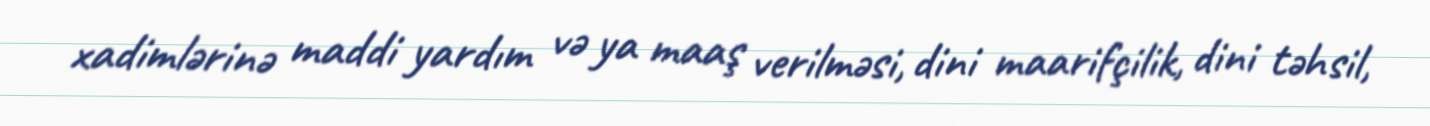
xadimlərinə maddi yardım və ya maaş verilməsi, dini maarifçilik, dini təhsil,